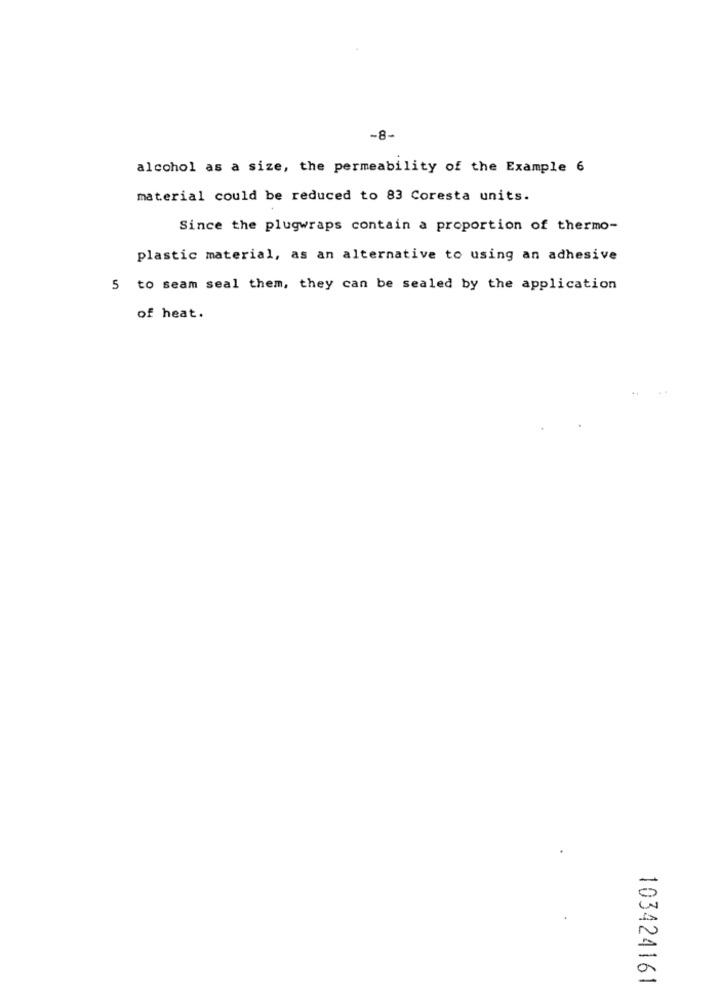
-8-
alcohol as a size, the permeability of the Example 6
material could be reduced to 83 Coresta units.
Since the plugwraps contain a proportion of thermo-
plastic material, as an alternative to using an adhesive
5 to seam seal them, they can be sealed by the application
of heat.
..
103424161